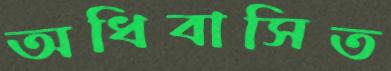
অধিবাসিত